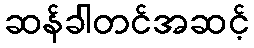
ဆန်ခါတင်အဆင့်